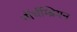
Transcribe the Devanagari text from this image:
नॉर्थम्ब्रियन